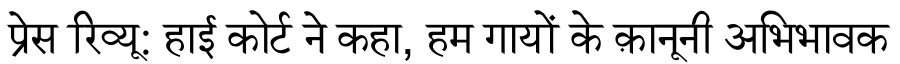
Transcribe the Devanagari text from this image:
प्रेस रिव्यू: हाई कोर्ट ने कहा, हम गायों के क़ानूनी अभिभावक